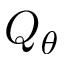
Q _ { \theta }